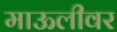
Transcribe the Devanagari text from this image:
माऊलीवर